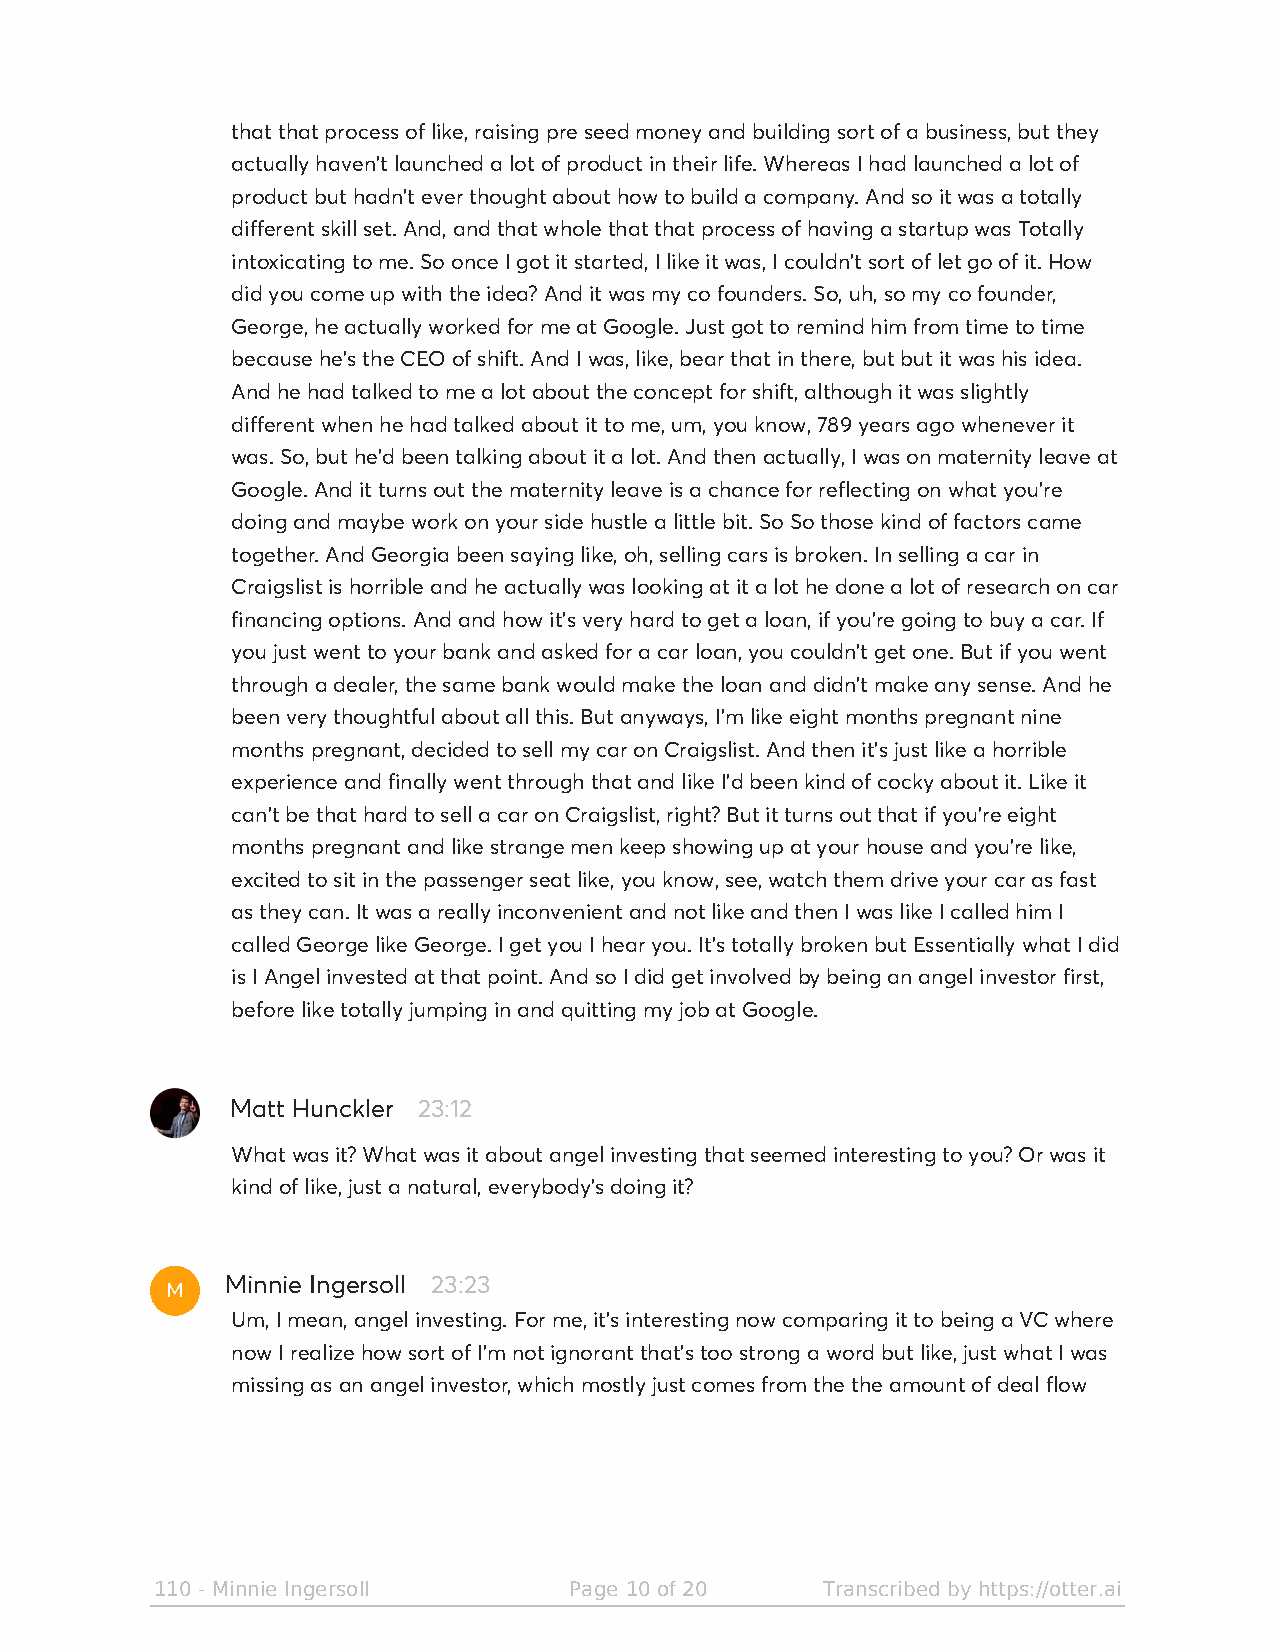
that that process of like, raising pre seed money and building sort of a business, but they
 actually haven't launched a lot of product in their life. Whereas I had launched a lot of
 product but hadn't ever thought about how to build a company. And so it was a totally
 different skill set. And, and that whole that that process of having a startup was Totally
 intoxicating to me. So once I got it started, I like it was, I couldn't sort of let go of it. How
 did you come up with the idea? And it was my co founders. So, uh, so my co founder,
 George, he actually worked for me at Google. Just got to remind him from time to time
 because he's the CEO of shift. And I was, like, bear that in there, but but it was his idea.
 And he had talked to me a lot about the concept for shift, although it was slightly
 different when he had talked about it to me, um, you know, 789 years ago whenever it
 was. So, but he'd been talking about it a lot. And then actually, I was on maternity leave at
 Google. And it turns out the maternity leave is a chance for reflecting on what you're
 doing and maybe work on your side hustle a little bit. So So those kind of factors came
 together. And Georgia been saying like, oh, selling cars is broken. In selling a car in
 Craigslist is horrible and he actually was looking at it a lot he done a lot of research on car
 financing options. And and how it's very hard to get a loan, if you're going to buy a car. If
 you just went to your bank and asked for a car loan, you couldn't get one. But if you went
 through a dealer, the same bank would make the loan and didn't make any sense. And he
 been very thoughtful about all this. But anyways, I'm like eight months pregnant nine
 months pregnant, decided to sell my car on Craigslist. And then it's just like a horrible
 experience and finally went through that and like I'd been kind of cocky about it. Like it
 can't be that hard to sell a car on Craigslist, right? But it turns out that if you're eight
 months pregnant and like strange men keep showing up at your house and you're like,
 excited to sit in the passenger seat like, you know, see, watch them drive your car as fast
 as they can. It was a really inconvenient and not like and then I was like I called him I
 called George like George. I get you I hear you. It's totally broken but Essentially what I did
 is I Angel invested at that point. And so I did get involved by being an angel investor first,
 before like totally jumping in and quitting my job at Google.
 Matt Hunckler 23:12
 What was it? What was it about angel investing that seemed interesting to you? Or was it
 kind of like, just a natural, everybody's doing it?
 M
 Minnie Ingersoll 23:23
 Um, I mean, angel investing. For me, it's interesting now comparing it to being a VC where
 now I realize how sort of I'm not ignorant that's too strong a word but like, just what I was
 missing as an angel investor, which mostly just comes from the the amount of deal flow
 110 - Minnie Ingersoll      Page 10 of 20   Transcribed by https://otter.ai